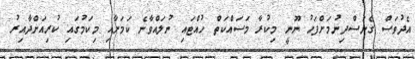
އެދުވަސް ގެނަސްދިނުމަށްފަހު ނޫނީ މިކުރާ މަސައްކަތް ހުއްޓައި ނުލައްވާނެ ކަމަށާއި މިކަމުގައި ކުރިއަށްދާއިރު